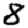
Digit: 8